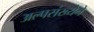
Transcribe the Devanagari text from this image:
अल्पसंख्येने